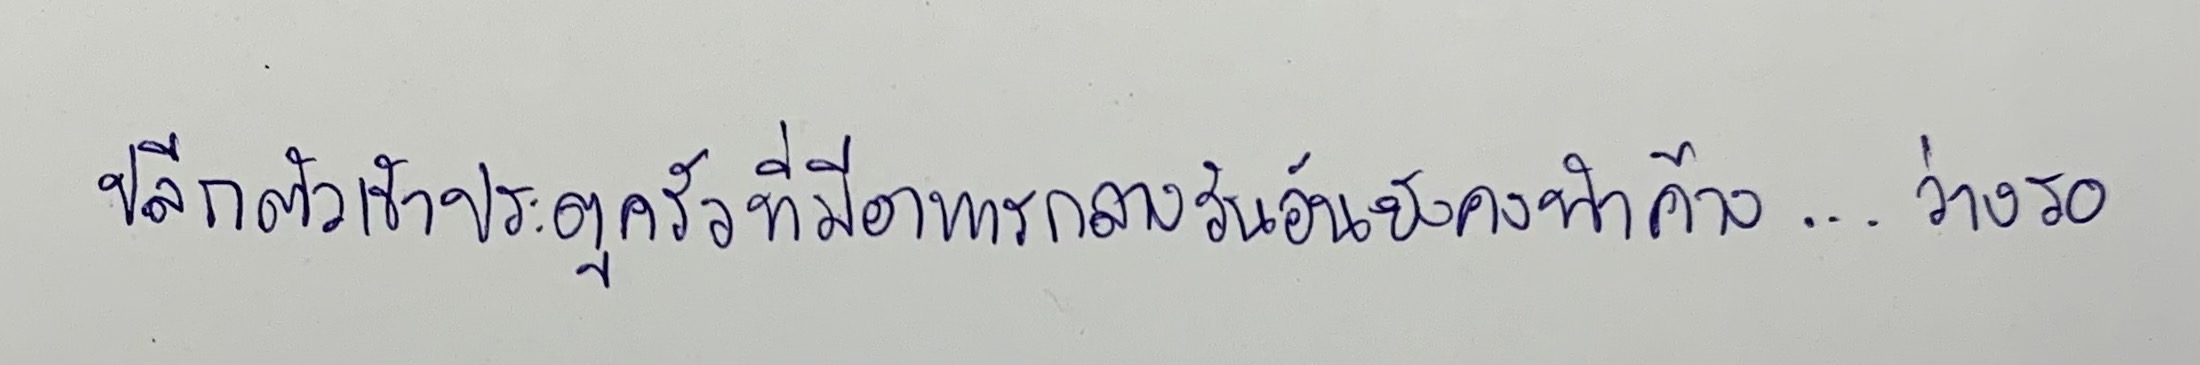
ปลีกตัวเข้าประตูครัวที่มีอาหารกลางวันอันยังทำค้าง...ว่างรอ